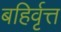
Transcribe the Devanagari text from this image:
बहिर्वृत्त